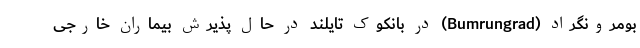
بومرونگراد (Bumrungrad) در بانکوک تایلند در حال پذیرش بیماران خارجی